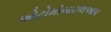
ઓટોમોબાઇલઆપ